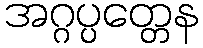
အဂ္ဂပ္ပတ္တေန